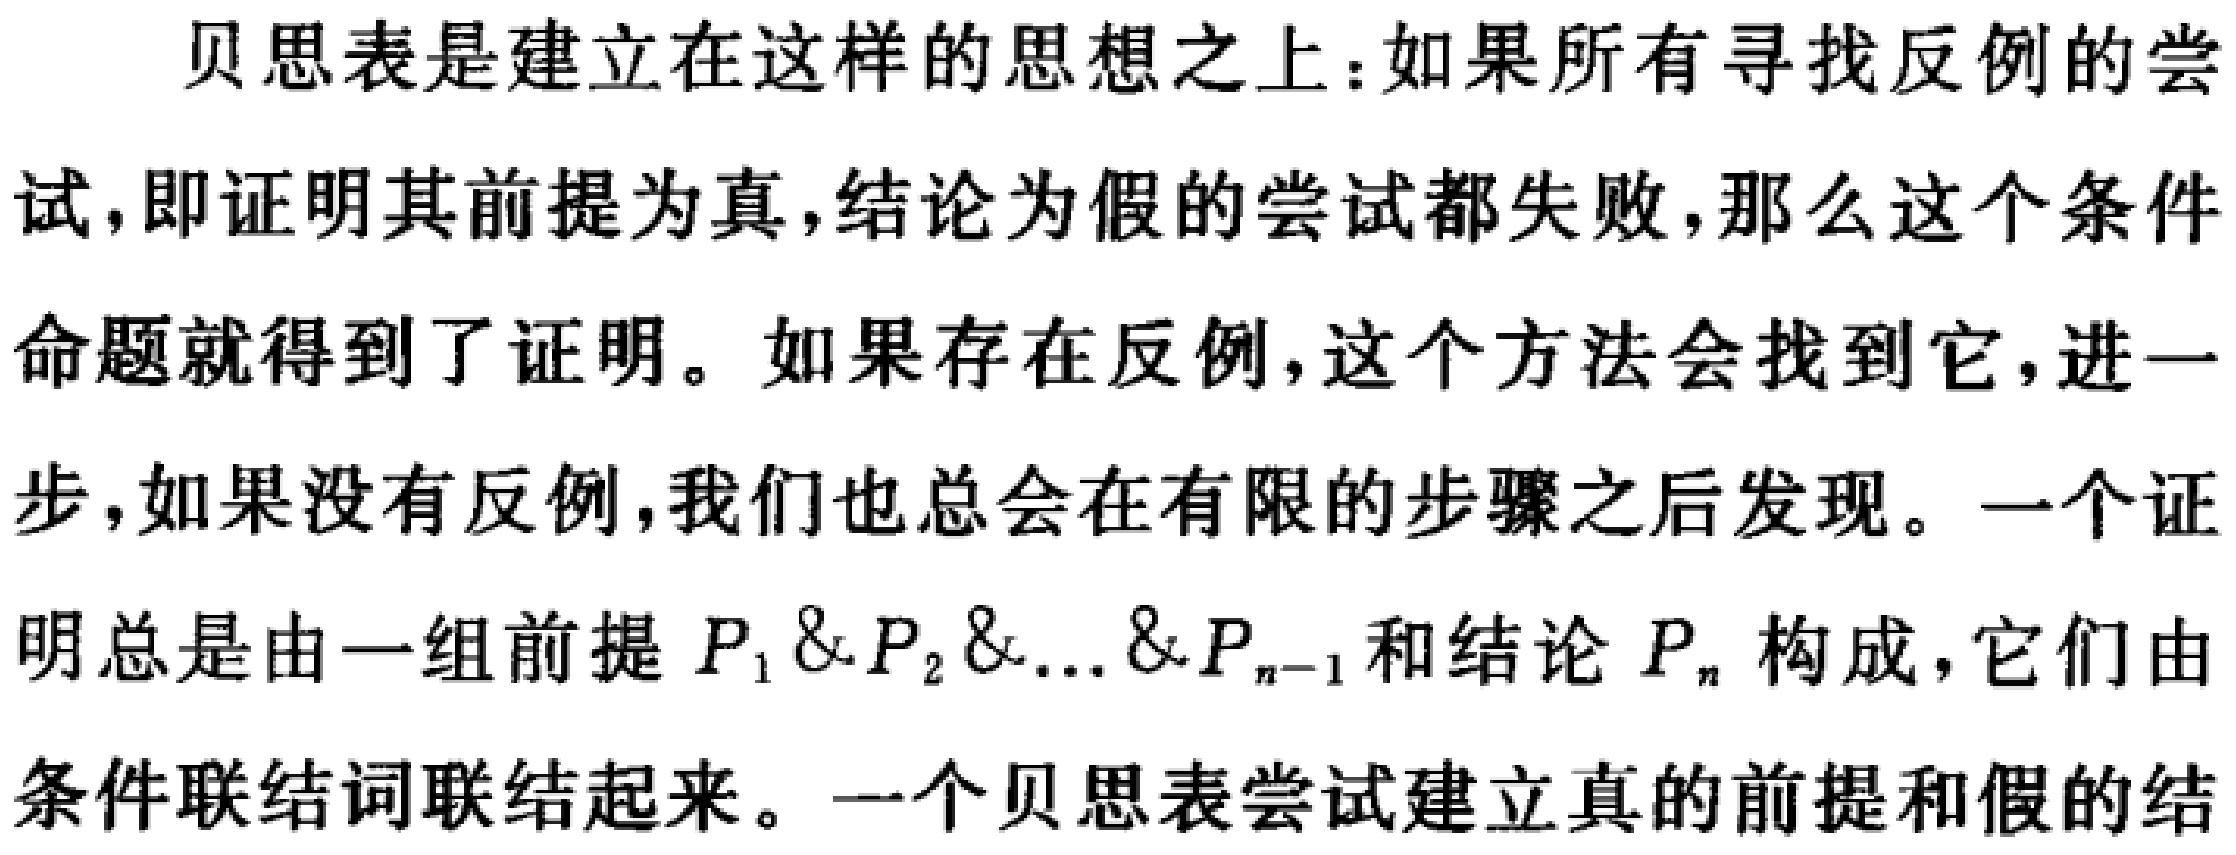
贝思表是建立在这样的思想之上：如果所有寻找反例的尝试，即证明其前提为真，结论为假的尝试都失败，那么这个条件命题就得到了证明。如果存在反例，这个方法会找到它，进一步，如果没有反例，我们也总会在有限的步骤之后发现。一个证明总是由一组前提 \(P_1 \& P_2 \& \ldots \& P_{n - 1}\) 和结论 \(P_n\) 构成，它们由条件联结词联结起来。一个贝思表尝试建立真的前提和假的结